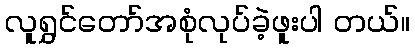
လူရွှင်တော်အစုံလုပ်ခဲ့ဖူးပါ တယ်။